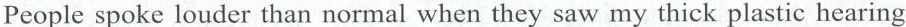
People spoke louder than normal when they saw my thick plastic hearing